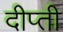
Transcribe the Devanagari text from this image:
दीप्‍ती